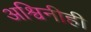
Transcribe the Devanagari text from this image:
अश्विनीही